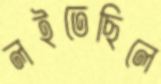
লইতেছিলে